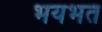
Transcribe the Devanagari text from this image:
भयभत